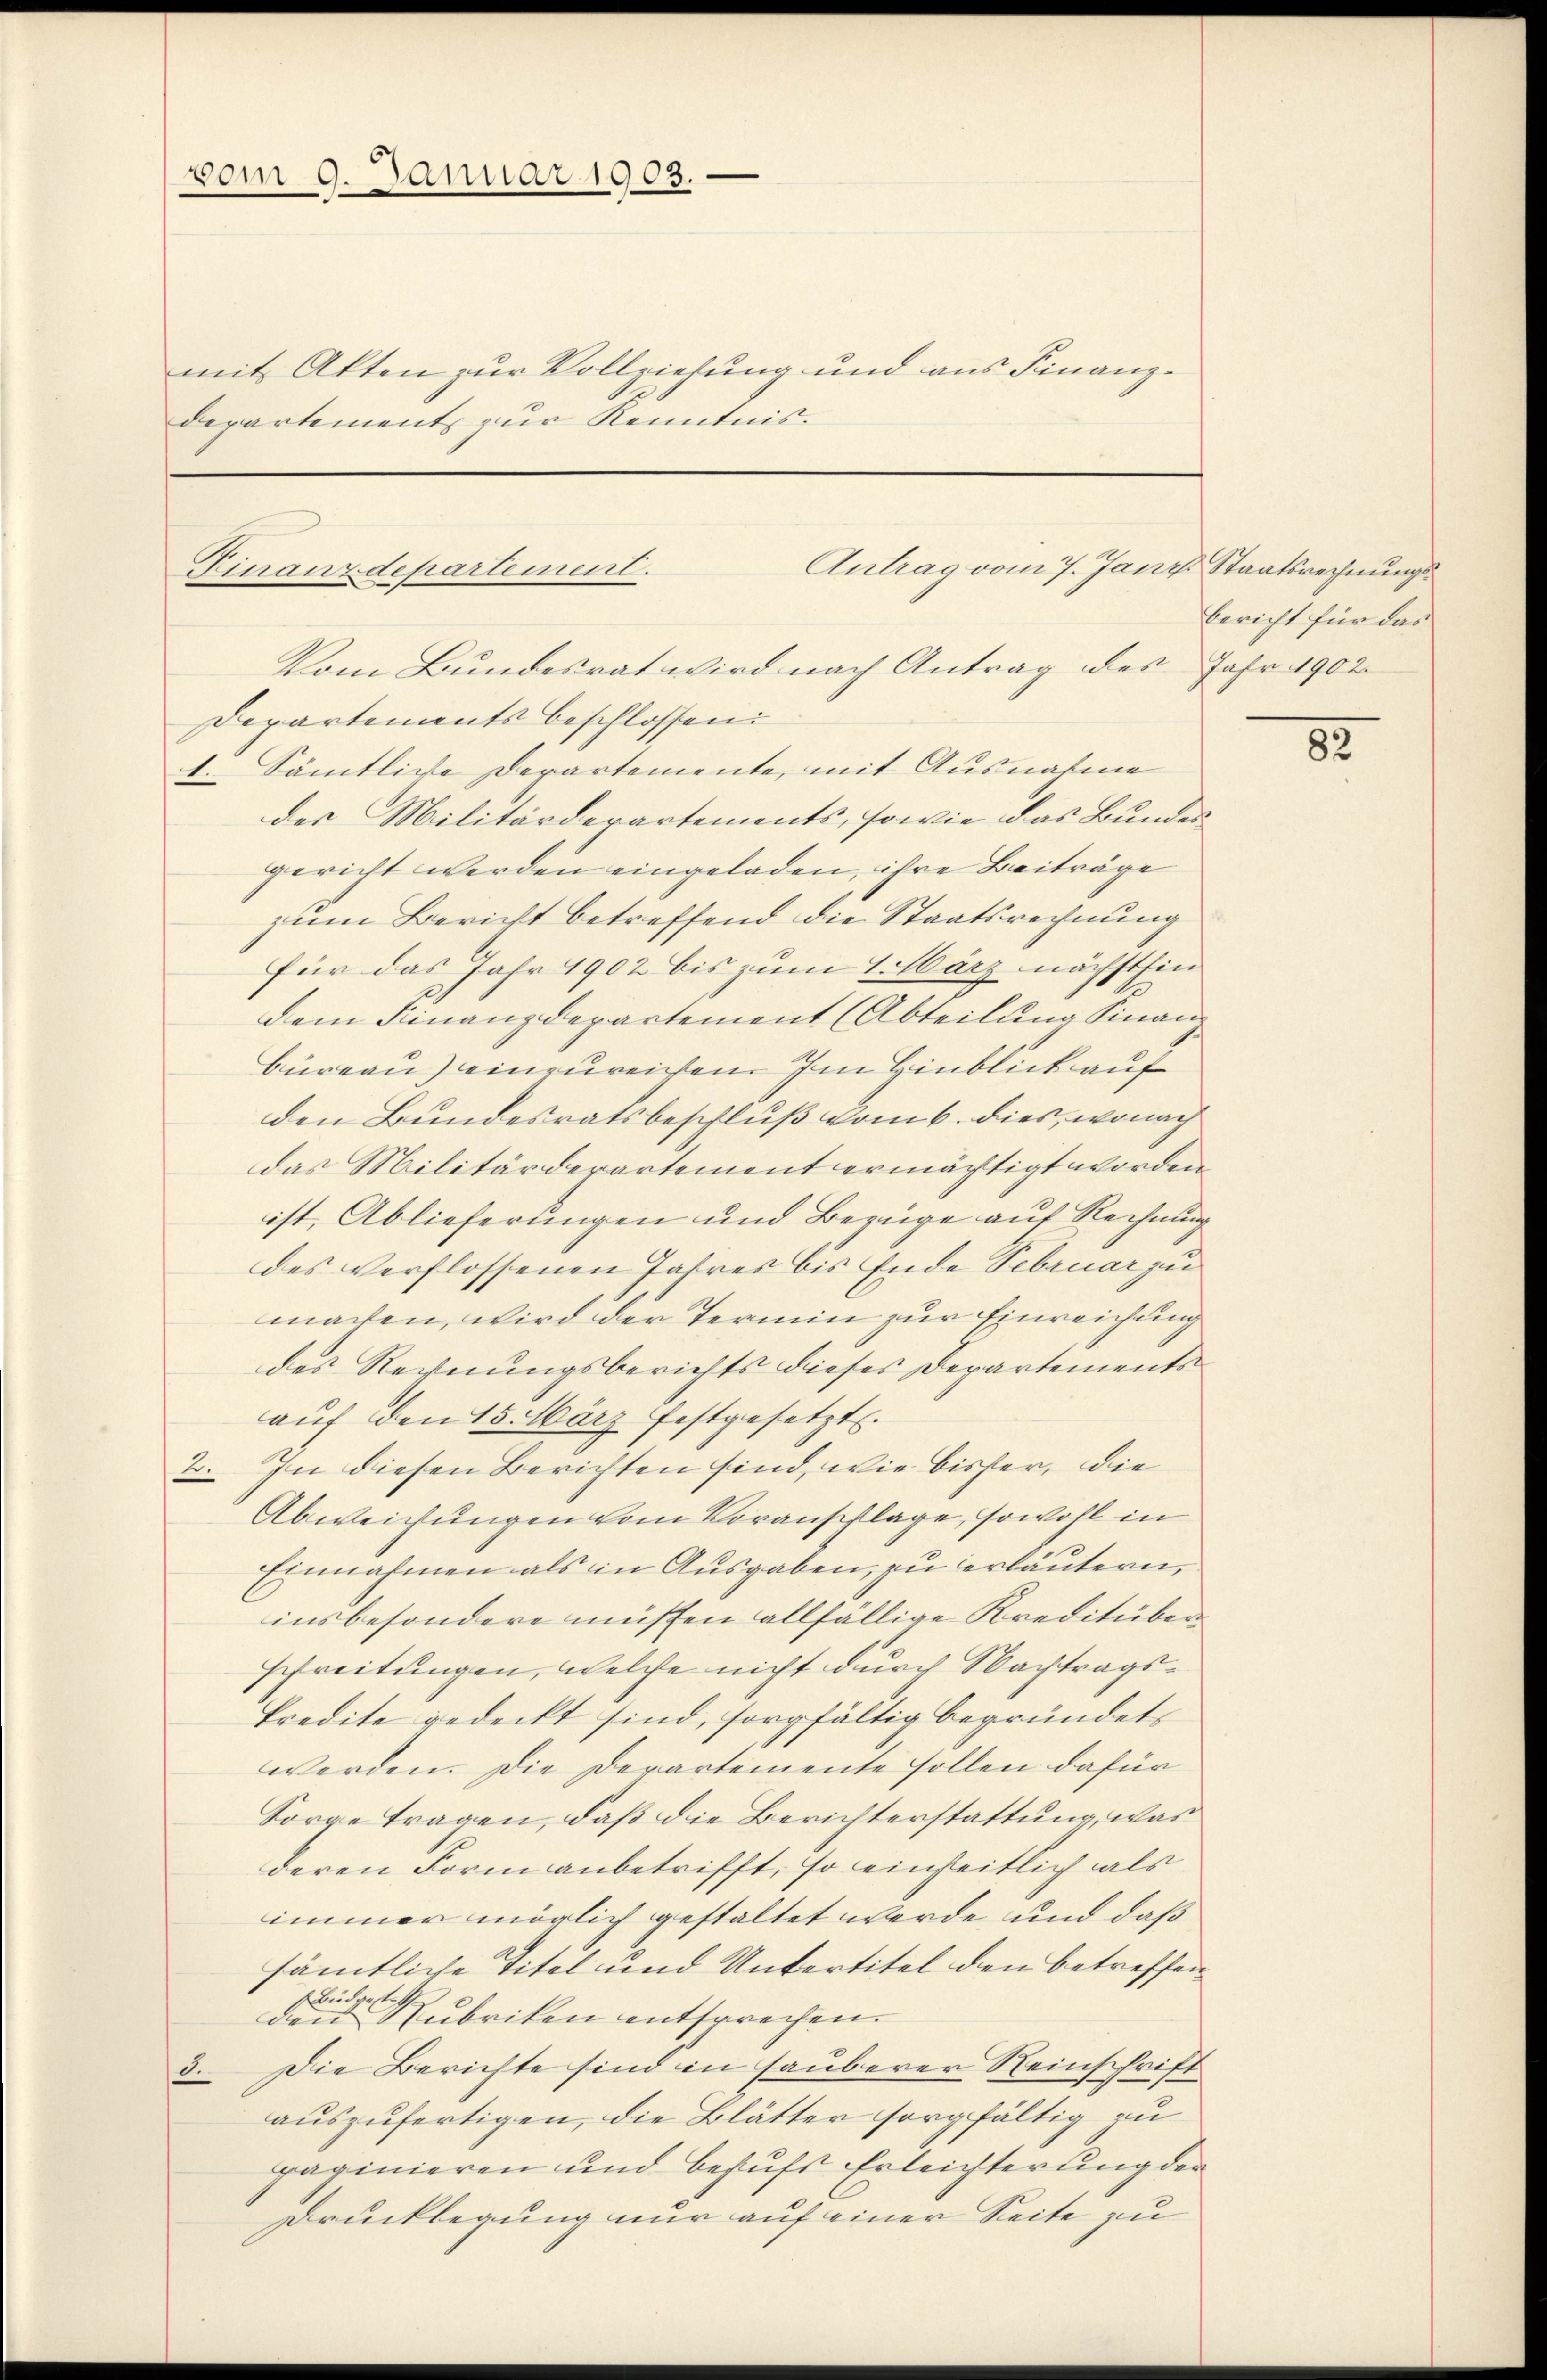
vom 9. Januar 1903.

mit Akten zur Vollziehung und aus Finanzdepartement zur Kenntnis.

Antrag vom 7. Jani Staatsrechnungs¬
Finanzdepartement.

Vom Bundesrat wird nach Antrag des Jahr 1902
Departements beschlossen:
1. Sämtliche Departemente, mit Ausnahme
des Militärderartements, sowie das Bundesgericht werden eingeladen, ihre Beiträge
zum Bericht betreffend die Staatsrechnung
für das Jahr 1902 bis zum 1 März nächsthin
dem Finanzdepartement (Abteilung Finanz
Büreau) einzureichen Im Hinblick auf
den Bundesratsbeschluß vom 6. dies, wonach
das Militärderartement ermächtigt worden
ist, Ablieferungen und Bezüge auf Rechnung
des verflossenen Jahres bis Ende Februar zu
machen, wird der Termin zur Einreichung
des Regnungsberichts dieses Departements
aŭf den 15. März festgesetzt.
2. In diesen Berichten sind, wie bisher, die
Abweichungen vom Voranschlage, sowohl in
Einnahmen als in Ausgaben, zu erläutern,
insbesondere müssen allfällige Kreditüberschreitungen, welche nicht durch Nachtrags¬
Predite gedeckt sind, sorgfältig begründet,
werden. Die Departemente sollen dafür
Sorge tragen, daß die Berichterstattung, was
deren Form anbetrifft, so einheitlich als
immer möglich gestaltet werde und daß
sämtliche Titel und Untertitel den betreffen¬
Büdgeste
den Subriten entsprechen.
Die Berichte sind in sauberer Reinschrift
8.
auszufertigen, die Blätter sorgfältig zu
paginieren und behufs Erleichterung der
Drucklegung nur auf einer Seite zu

bericht für das

82